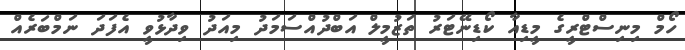
ހޯމް މިނިސްޓްރީގެ މީޑިއާ ކޯޑިނޭޓަރު ތަޒުމީލް އަބްދުއްސަމަދު މިއަދު ވިދާޅުވީ އެފަދަ ނަމްބަރެއް